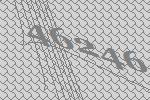
46246